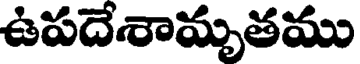
ఉపదేశామృతము